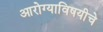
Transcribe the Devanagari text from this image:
आरोग्याविषयीचे